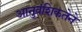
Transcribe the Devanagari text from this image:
आनुवंशिकतेने